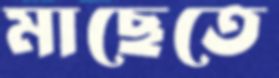
মাছেতে